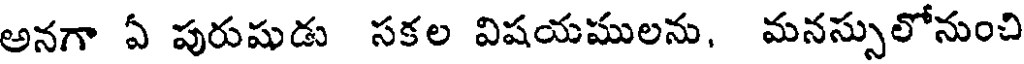
అనగా ఏ పురుషుడు సకల విషయములను, మనస్సులోనుంచి